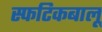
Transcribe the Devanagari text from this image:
स्फटिकबालू